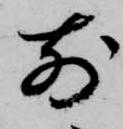
前